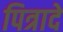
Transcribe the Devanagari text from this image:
पित्रादे